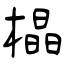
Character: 橸